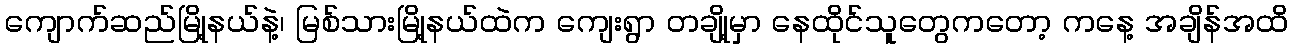
ကျောက်ဆည်မြို့နယ်နဲ့၊ မြစ်သားမြို့နယ်ထဲက ကျေးရွာ တချို့မှာ နေထိုင်သူတွေကတော့ ကနေ့ အချိန်အထိ